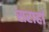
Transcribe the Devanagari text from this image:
सराहां